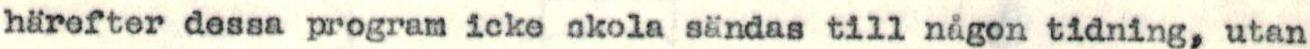
härefter dessa program icke skola sändas till någon tidning, utan